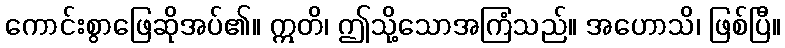
ကောင်းစွာဖြေဆိုအပ်၏။ ဣတိ၊ ဤသို့သောအကြံသည်။ အဟောသိ၊ ဖြစ်ပြီ။